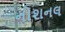
નોશનલ